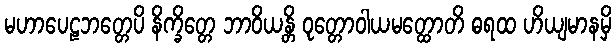
မဟာပေဠဘတ္တေပိ နိက္ခိတ္တေ ဘာဝိယန္တိ ဝုတ္တောဝါယမတ္ထောတိ ဓရထ ဟိယျမာနမှိ